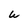
Character: W